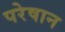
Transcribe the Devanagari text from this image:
परेषान